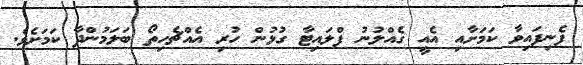
ފެނިފައިވާ ކަމަށާއި އެއީ ގެއްލުނު ފްލައިޓާ ގުޅުން ހުރި އެއްޗެހިތޯ ބަލަމުންދާ ކަމަށެވެ.